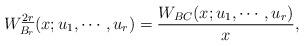
LaTeX: \begin{align*}W_{B_{r}}^{\underline{2r}}(x;u_{1}, \cdots, u_{r}) ={W_{BC}(x;u_{1}, \cdots, u_{r})\over x},\end{align*}